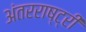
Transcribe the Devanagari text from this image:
अंतरराष्ट्री